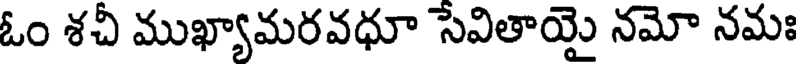
ఓం శచీ ముఖ్యామరవధూ సేవితాయై నమో నమః